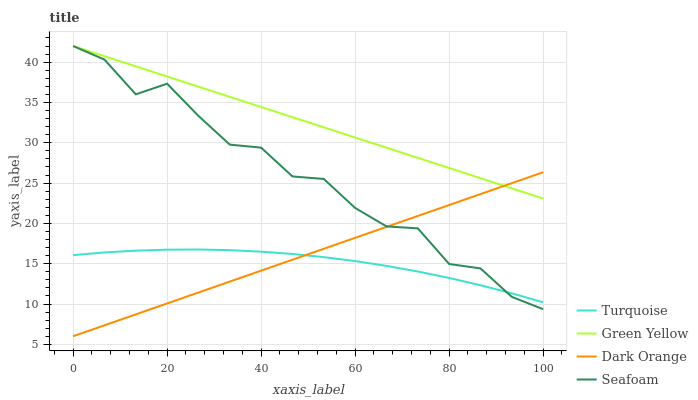
| xaxis_label | Turquoise | Green Yellow | Dark Orange | Seafoam |
 | --- | --- | --- | --- | --- |
 | 0 | 16.1 | 42 | 6 | 42 |
 | 6.67 | 16.4 | 40.7 | 7.36 | 40.3 |
 | 13.3 | 16.6 | 39.5 | 8.71 | 36 |
 | 20 | 16.7 | 38.2 | 10.1 | 37.3 |
 | 26.7 | 16.8 | 37 | 11.4 | 33.3 |
 | 33.3 | 16.7 | 35.7 | 12.8 | 29.8 |
 | 40 | 16.5 | 34.4 | 14.1 | 29.4 |
 | 46.7 | 16.2 | 33.2 | 15.5 | 25.8 |
 | 53.3 | 15.8 | 31.9 | 16.9 | 25.5 |
 | 60 | 15.3 | 30.7 | 18.2 | 21.9 |
 | 66.7 | 14.7 | 29.4 | 19.6 | 19.6 |
 | 73.3 | 14 | 28.1 | 20.9 | 19.4 |
 | 80 | 13.2 | 26.9 | 22.3 | 15 |
 | 86.7 | 12.3 | 25.6 | 23.6 | 14.4 |
 | 93.3 | 11.3 | 24.3 | 25 | 10.9 |
 | 100 | 10.2 | 23.1 | 26.3 | 9.36 |